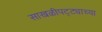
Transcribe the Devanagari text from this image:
साखळीपट्ट्याच्या